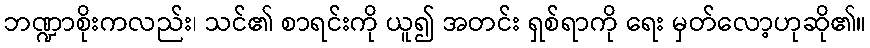
ဘဏ္ဍာစိုးကလည်း၊ သင်၏ စာရင်းကို ယူ၍ အတင်း ရှစ်ရာကို ရေး မှတ်လော့ဟုဆို၏။